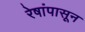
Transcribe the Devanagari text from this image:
रेषांपासून